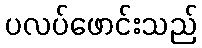
ပလပ်ဖောင်းသည်